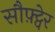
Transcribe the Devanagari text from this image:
सौफ़्ट्वेर